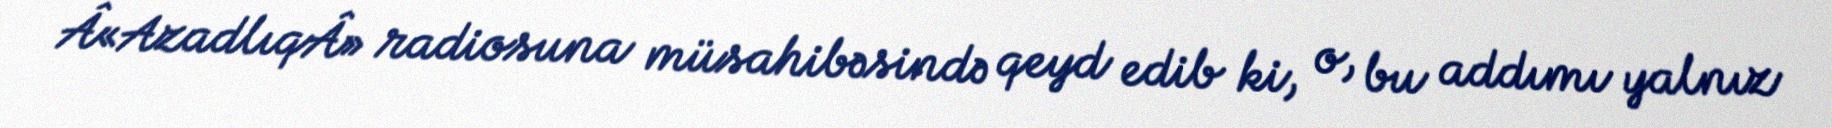
Â«AzadlıqÂ» radiosuna müsahibəsində qeyd edib ki, o, bu addımı yalnız